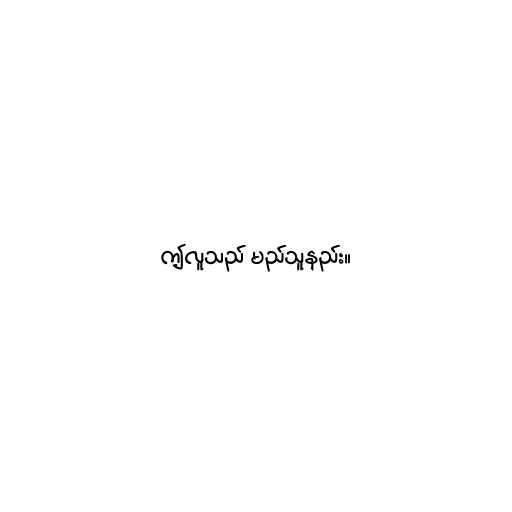
ဤလူသည် မည်သူနည်း။